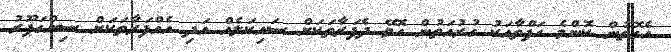
އެގޮތުން ކޮންމެ ހަފްތާއަކު ގުރުއަތުން ހޮވޭ ދެފަރާތަކަށް ސައިކަލެއް އަދި އެއްފަރާތަކަށް ސިންގަޕޫރު